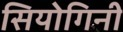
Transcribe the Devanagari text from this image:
सियोगिनी